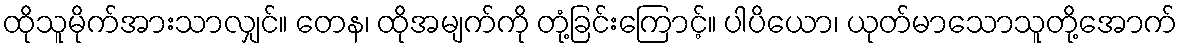
ထိုသူမိုက်အားသာလျှင်။ တေန၊ ထိုအမျက်ကို တုံ့ခြင်းကြောင့်။ ပါပိယော၊ ယုတ်မာသောသူတို့အောက်